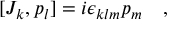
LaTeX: [ J _ { k } , p _ { l } ] = i \epsilon _ { k l m } p _ { m } ~ ~ ~ ,